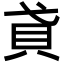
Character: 貣